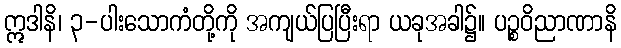
ဣဒါနိ၊ ၃-ပါးသောကံတို့ကို အကျယ်ပြပြီးရာ ယခုအခါ၌။ ပဉ္စဝိညာဏာနိ